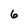
Character: 6